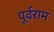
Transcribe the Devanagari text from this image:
पूर्वराम